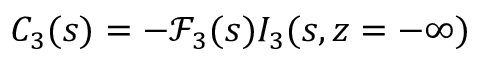
C _ { 3 } ( s ) = - \mathscr { F } _ { 3 } ( s ) I _ { 3 } ( s , z = - \infty )